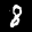
Label: 8